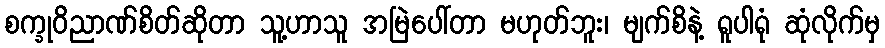
စက္ခုဝိညာဏ်စိတ်ဆိုတာ သူ့ဟာသူ အမြဲပေါ်တာ မဟုတ်ဘူး၊ မျက်စိနဲ့ ရူပါရုံ ဆုံလိုက်မှ